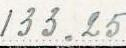
133.25